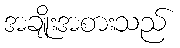
အချိုးအစားသည်